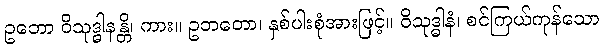
ဥဘော ဝိသုဒ္ဓါနန္တိ၊ ကား။ ဥဘတော၊ နှစ်ပါးစုံအားဖြင့်။ ဝိသုဒ္ဓါနံ၊ စင်ကြယ်ကုန်သော